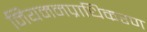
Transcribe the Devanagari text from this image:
नियमनप्राधिकरण